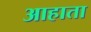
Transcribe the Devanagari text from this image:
आहाता